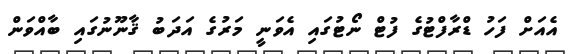
އެއަށް ފަހު ޑްރާފްޓުގެ ފުޓް ނޯޓުގައި އެވަނީ މަރުގެ އަދަބު ޤާނޫނުގައި ބާއްވަން